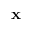
\textbf { x }